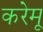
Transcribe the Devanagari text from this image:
करेमू